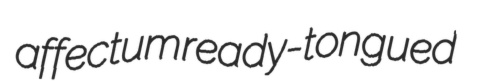
affectum ready-tongued